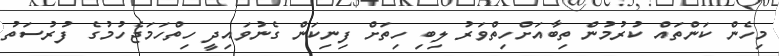
މިހެން ކަންތައް ކުރުމުން ތިބާއަށްހިތްވަރު ލިބި ހިތަށް ފިނިކަން ގެނުވައިދީ ހިތްހަމަޖެހުމުގެ ފުރުސަތު